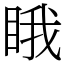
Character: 睋